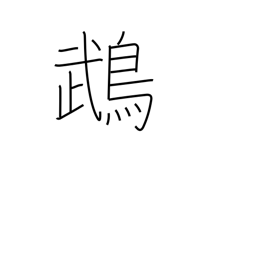
Meaning: cockatoo